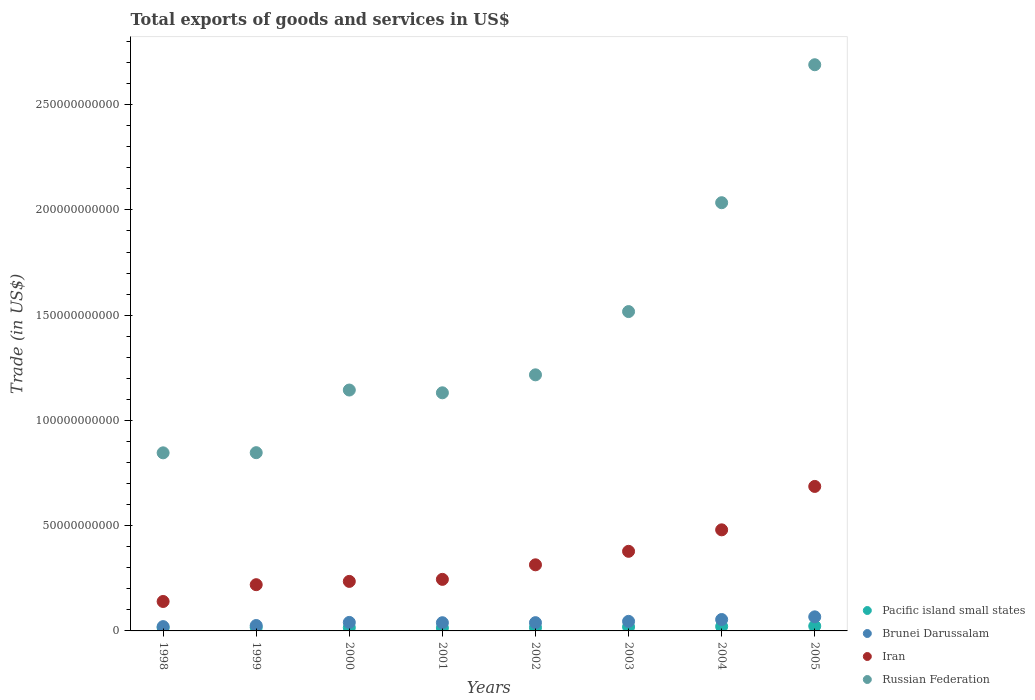
| Years | Pacific island small states | Brunei Darussalam | Iran | Russian Federation |
 | --- | --- | --- | --- | --- |
 | 1998 | 1.51e+09 | 2.04e+09 | 1.4e+10 | 8.46e+10 |
 | 1999 | 1.67e+09 | 2.57e+09 | 2.2e+10 | 8.47e+10 |
 | 2000 | 1.56e+09 | 4.04e+09 | 2.35e+10 | 1.14e+11 |
 | 2001 | 1.42e+09 | 3.89e+09 | 2.45e+10 | 1.13e+11 |
 | 2002 | 1.59e+09 | 3.92e+09 | 3.14e+10 | 1.22e+11 |
 | 2003 | 1.91e+09 | 4.54e+09 | 3.78e+10 | 1.52e+11 |
 | 2004 | 2.09e+09 | 5.42e+09 | 4.8e+10 | 2.03e+11 |
 | 2005 | 2.29e+09 | 6.69e+09 | 6.86e+10 | 2.69e+11 |